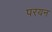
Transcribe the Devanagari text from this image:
परयन